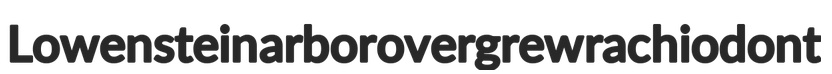
Lowenstein arbor overgrew rachiodont